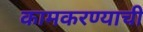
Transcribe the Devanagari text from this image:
कामकरण्याची